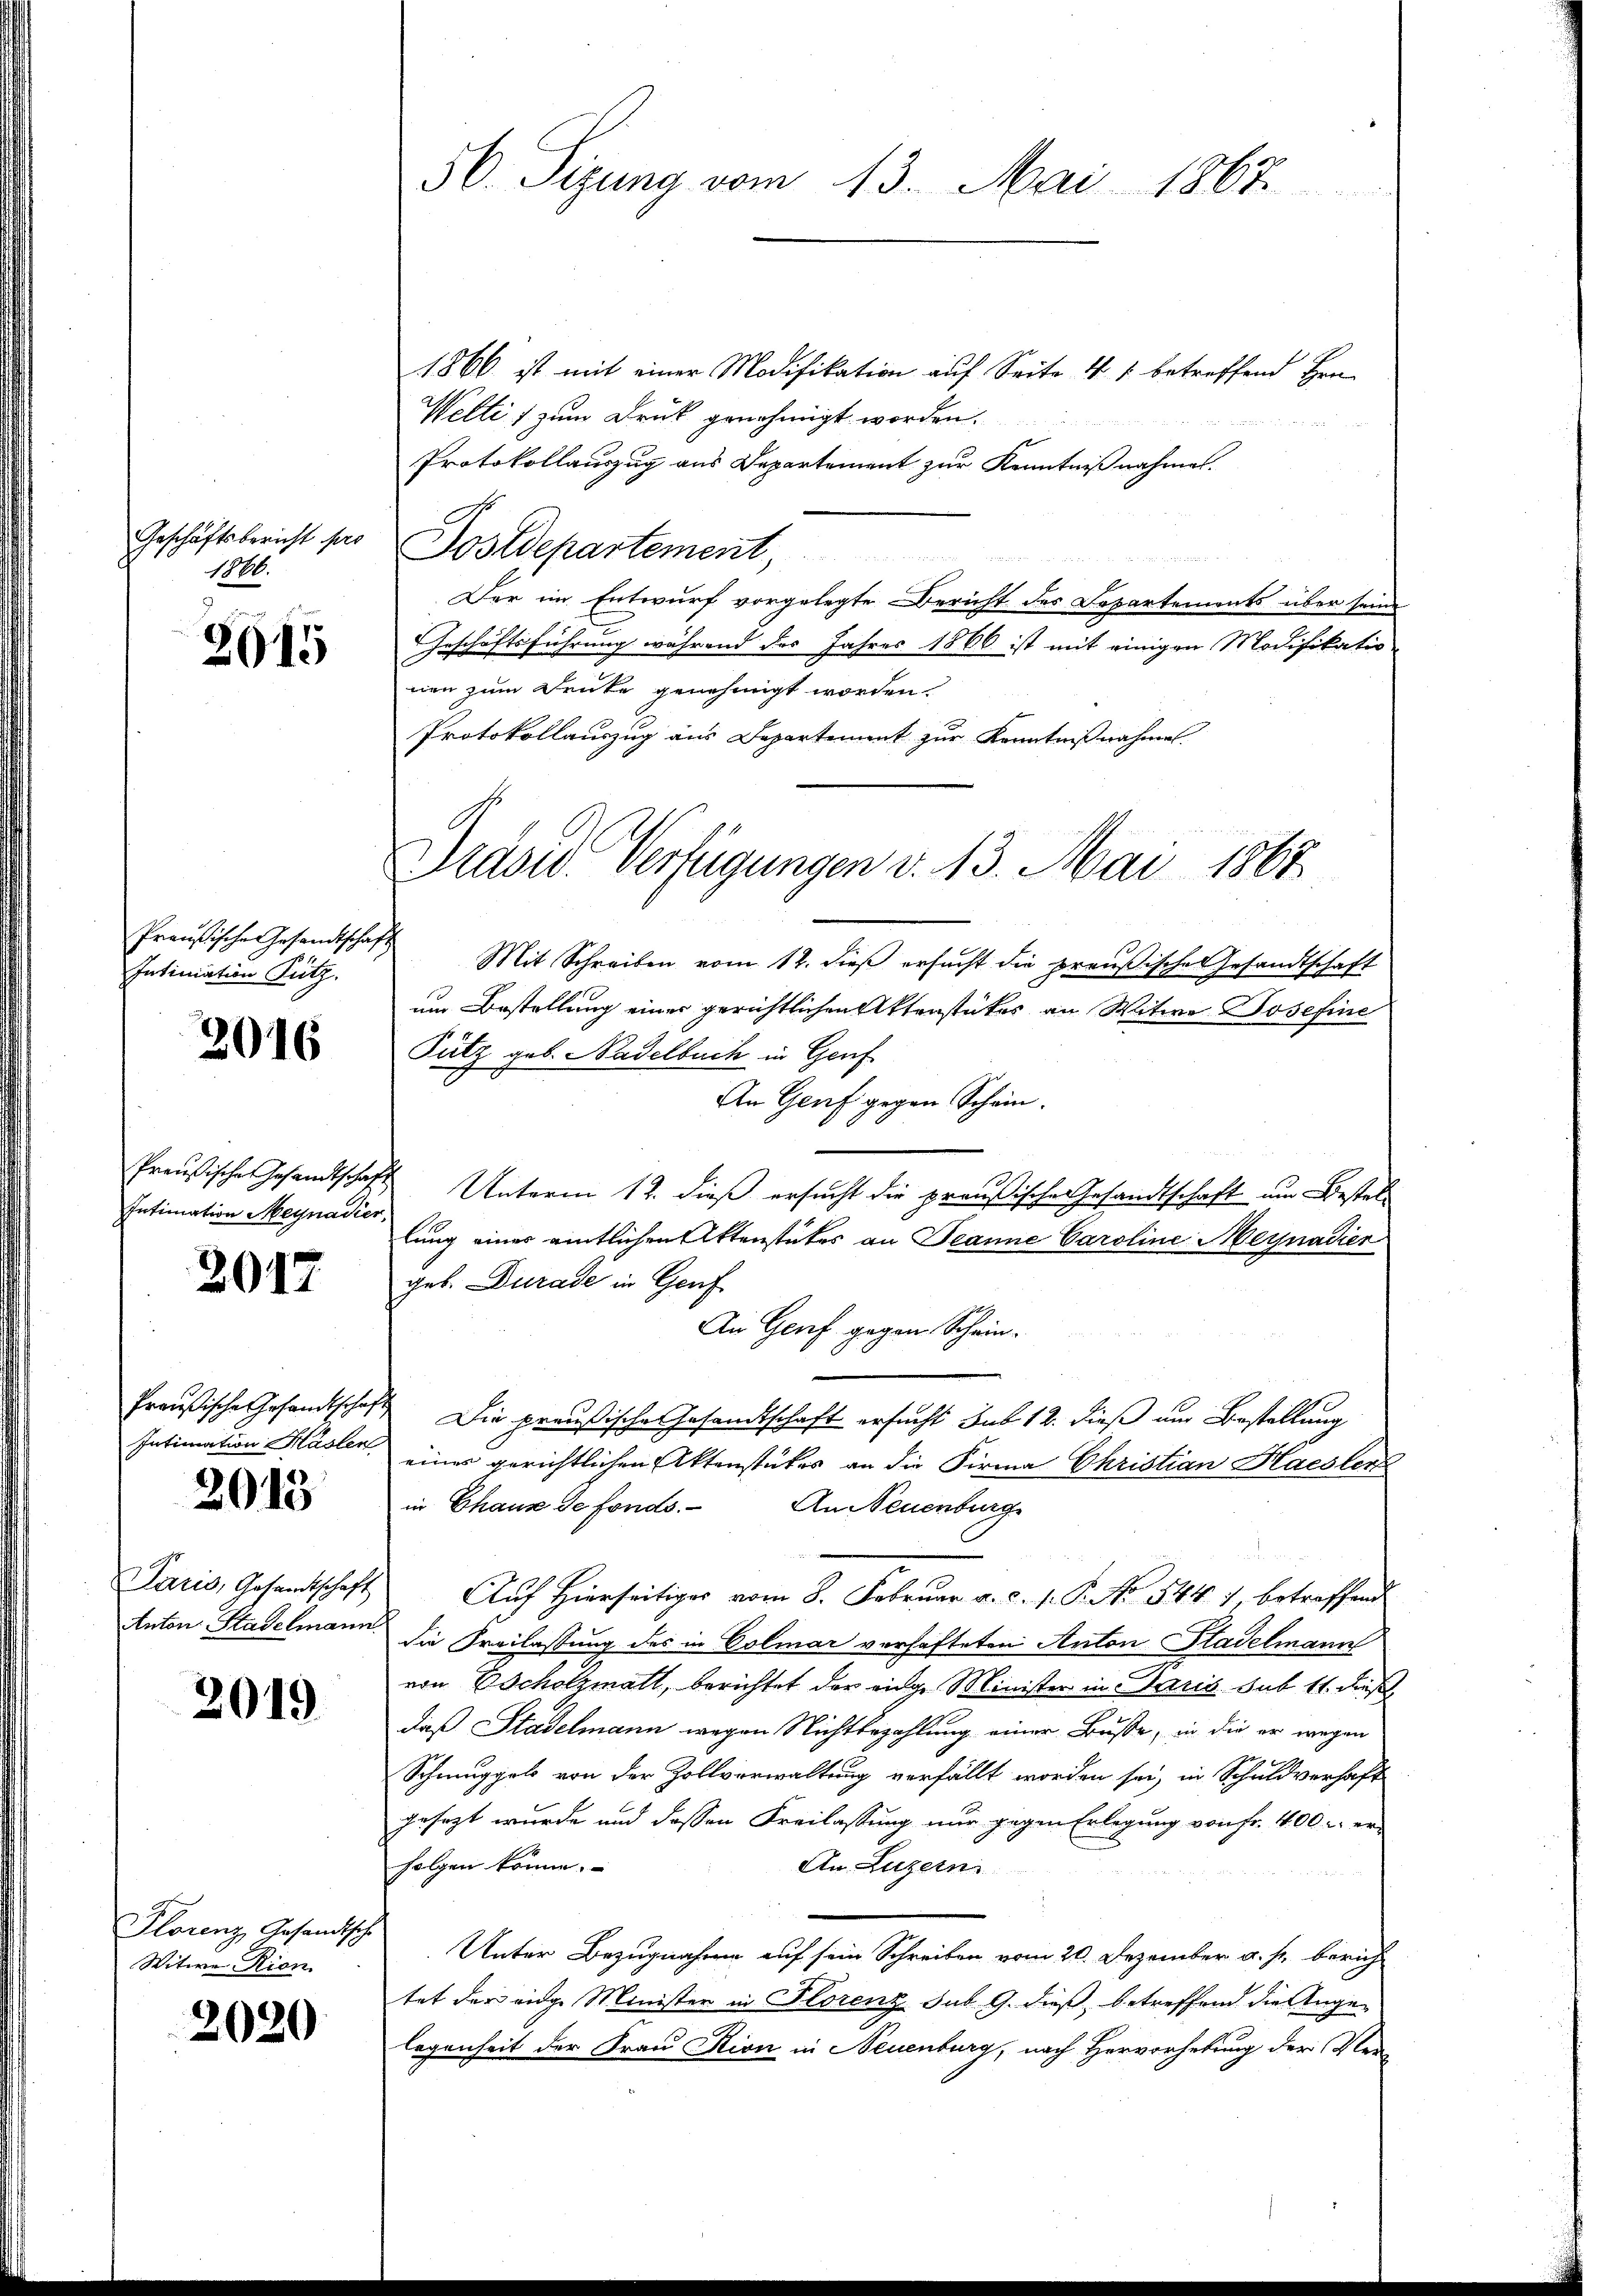
Geschäftsbericht pro
1866.

2645

Preußischen Gesandtschaf
Intimation Putz.

2016

Intimation Meynadier,

2017

2013

Paris, Gesandtschaft
Anton Stadelmann

2019

Florenz Gesandtsch
Witwe Rion.

2020

56. Sizung vom 13. Mai 1862

1866 ist mit einer Modifikation auf Seite 41 betreffend Hrn.
Weltis zum Druck genehmigt worden.
Protokollauszug aus Departement zur Kenntnißnahmen.
Postdepartement,
Der im Entwurf vorgelegte Bericht des Departements über seine
Geschäftsführung während des Jahres 1866 ist mit einigen Modifikatio
nen zum Deute genehmigt worden.
Protokollauszug aus Departement zur Kenntnißnahme
i
Mit Schreiben vom 12. dieß ersucht die preußische Gesandtschaft
um Bestellung einer gerichtlichen Aktenstückes an Witwe Josefine
Putz geb. Nadelbuch in Genf
An Genf gegen Schein.
Preußische Gesandtschaft Unterm 12. dieß ersucht die preußische Gesandtschaft um Bestellung einer amtlichen Aktenstükes an Jeanne Caroline Meynadier
geb. Durade in Genf
An Genf gegen Schein-
Preußische Gesandtschaft Die preußische Gesandtschaft ersucht sub 12. dieß um Bestellung
Intimation Käster eines gerichtlichen Aktenstückes an die Firma Christian Hasler
in Chaux de fonds. An Neuenburg
Auf Hierseitiger vom 8. Februar a. c. 1. P. No 544. 7, betreffend
die Freilassung des in Colmar verhafteten Anton Stadelmann
von Scholzmatt, berichtet der eige Minister in Paris sub 11. dieß
daß Stadelmann wegen Nichtbezahlung einer Buße, in die er wegen
Schmuggels von der Zollverwaltung verfällt worden sei, in Schuldverhaft
gesezt wurde und dessen Freilassung nur gegen Erlegung von Fr. 400. r. er-
folgen könne.
An Luzern
Unter Bezugnahme auf sein Schreiben vom 20. Dezember a. s. berich-
tet der eidge Minister in Florenz sub. G. dieß betreffend die Angelegenheit der Frau Rion in Neuenburg, nach Hervorhebung der Ver¬

Prase Verfügungen d. 13. Mai 1865.